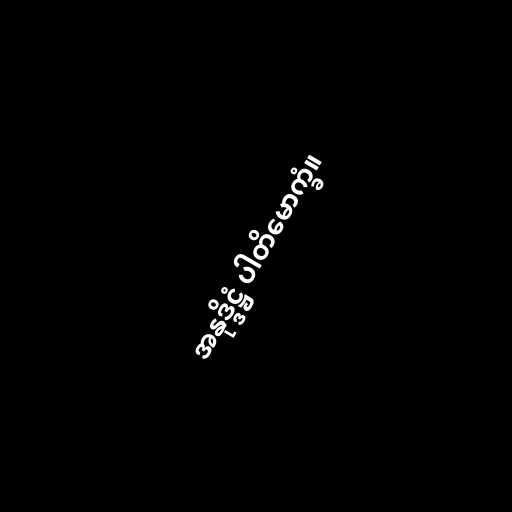
အနုဒ္ဒိဋ္ဌံ ပါတိမောက္ခံ။